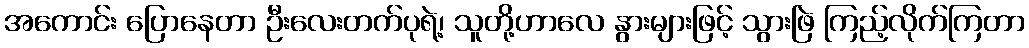
အကောင်း ပြောနေတာ ဦးလေးတက်ပုရဲ့၊ သူတို့ဟာလေ နွားများဖြင့် သွားဖြဲ ကြည့်လိုက်ကြတာ